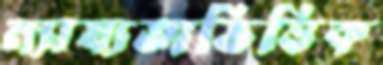
ন্যায্যতাভিত্তিক